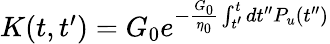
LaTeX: \begin{array}{r}{K(t,t^{\prime})=G_{0}e^{-\frac{G_{0}}{\eta_{0}}\int_{t^{\prime}}^{t}dt^{\prime\prime}P_{u}(t^{\prime\prime})}}\end{array}